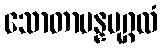
သောတာပန္နပုဂ္ဂလံ